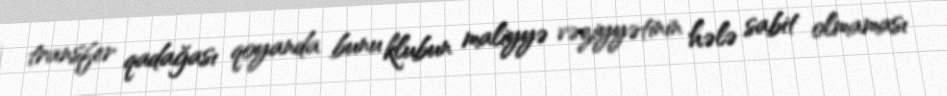
transfer qadağası qoyanda bunu klubun maliyyə vəziyyətinin hələ sabit olmaması